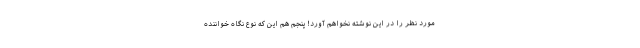
مورد نظر را در این نوشته نخواهم آورد! پنجم هم این که نوع نگاه خواننده